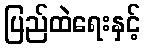
ပြည်ထဲရေးနှင့်